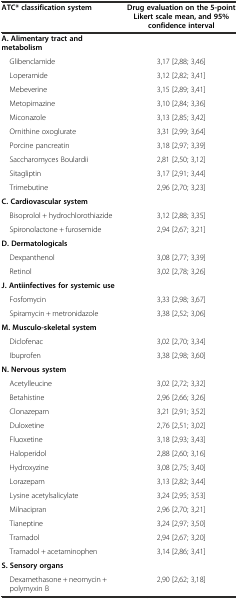
<table><thead><tr><td><b>ATC* classification system</b></td><td><b>Drug evaluation on the 5-point Likert scale mean, and 95% confidence interval</b></td></tr></thead><tbody><tr><td><b>A. Alimentary tract and metabolism</b></td><td></td></tr><tr><td> Glibenclamide</td><td>3,17 [2,88; 3,46]</td></tr><tr><td> Loperamide</td><td>3,12 [2,82; 3,41]</td></tr><tr><td> Mebeverine</td><td>3,15 [2,89; 3,41]</td></tr><tr><td> Metopimazine</td><td>3,10 [2,84; 3,36]</td></tr><tr><td> Miconazole</td><td>3,13 [2,85; 3,42]</td></tr><tr><td> Ornithine oxoglurate</td><td>3,31 [2,99; 3,64]</td></tr><tr><td> Porcine pancreatin</td><td>3,18 [2,97; 3,39]</td></tr><tr><td> Saccharomyces Boulardii</td><td>2,81 [2,50; 3,12]</td></tr><tr><td> Sitagliptin</td><td>3,17 [2,91; 3,44]</td></tr><tr><td> Trimebutine</td><td>2,96 [2,70; 3,23]</td></tr><tr><td><b>C. Cardiovascular system</b></td><td></td></tr><tr><td> Bisoprolol + hydrochlorothiazide</td><td>3,12 [2,88; 3,35]</td></tr><tr><td> Spironolactone + furosemide</td><td>2,94 [2,67; 3,21]</td></tr><tr><td><b>D. Dermatologicals</b></td><td></td></tr><tr><td> Dexpanthenol</td><td>3,08 [2,77; 3,39]</td></tr><tr><td> Retinol</td><td>3,02 [2,78; 3,26]</td></tr><tr><td><b>J. Antiinfectives for systemic use</b></td><td></td></tr><tr><td> Fosfomycin</td><td>3,33 [2,98; 3,67]</td></tr><tr><td> Spiramycin + metronidazole</td><td>3,38 [2,52; 3,06]</td></tr><tr><td><b>M. Musculo-skeletal system</b></td><td></td></tr><tr><td> Diclofenac</td><td>3,02 [2,70; 3,34]</td></tr><tr><td> Ibuprofen</td><td>3,38 [2,98; 3,60]</td></tr><tr><td><b>N. Nervous system</b></td><td></td></tr><tr><td> Acetylleucine</td><td>3,02 [2,72; 3,32]</td></tr><tr><td> Betahistine</td><td>2,96 [2,66; 3,26]</td></tr><tr><td> Clonazepam</td><td>3,21 [2,91; 3,52]</td></tr><tr><td> Duloxetine</td><td>2,76 [2,51; 3,02]</td></tr><tr><td> Fluoxetine</td><td>3,18 [2,93; 3,43]</td></tr><tr><td> Haloperidol</td><td>2,88 [2,60; 3,16]</td></tr><tr><td> Hydroxyzine</td><td>3,08 [2,75; 3,40]</td></tr><tr><td> Lorazepam</td><td>3,13 [2,82; 3,44]</td></tr><tr><td> Lysine acetylsalicylate</td><td>3,24 [2,95; 3,53]</td></tr><tr><td> Milnacipran</td><td>2,96 [2,70; 3,21]</td></tr><tr><td> Tianeptine</td><td>3,24 [2,97; 3,50]</td></tr><tr><td> Tramadol</td><td>2,94 [2,67; 3,20]</td></tr><tr><td> Tramadol + acetaminophen</td><td>3,14 [2,86; 3,41]</td></tr><tr><td><b>S. Sensory organs</b></td><td></td></tr><tr><td> Dexamethasone + neomycin + polymyxin B</td><td>2,90 [2,62; 3,18]</td></tr></tbody></table>